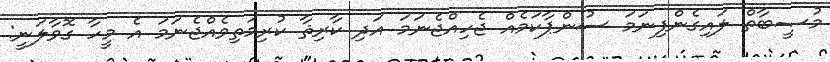
މުޞީބާތް ލައިގެންފިނަމަ ސުންޕާކަމެއް ޖެހިއްޖެނަމަ އަދި ކާރިޘާ ކުރިމަތިވެއްޖެނަމަ އެ މީހާ ގޮވާލަނީ: